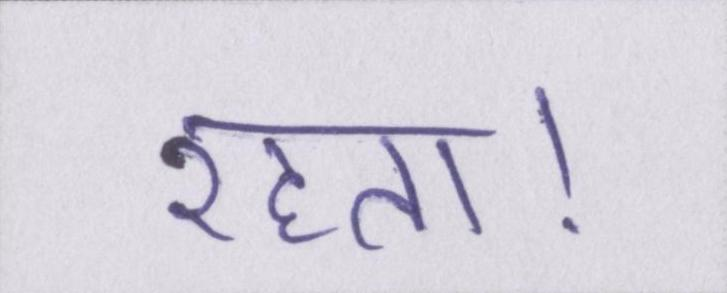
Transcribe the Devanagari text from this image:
रहता।